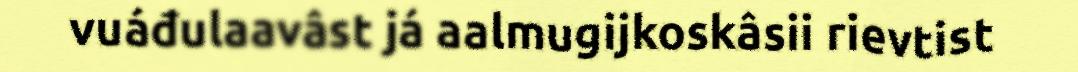
vuáđulaavâst já aalmugijkoskâsii rievtist